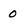
Character: 0